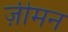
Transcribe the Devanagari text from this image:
ज़ीमन